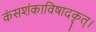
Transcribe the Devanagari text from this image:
कंसशंकाविषादकृत्‌।